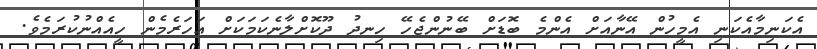
އެކަނިމާއެކަނި އެމީހުން އޭނާއަށް އެންމެ ބޮޑަށް ބޭނުންޖެހޭ ހިނދު ދޫކޮށްލާނެކަމަކަށް އަހަރެމެން ހީއެއްނުކުރަމެވެ.